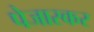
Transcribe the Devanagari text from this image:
पेजारकर